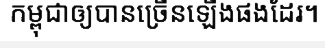
កម្ពុជាឲ្យបានច្រើនឡើងផងដែរ។